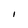
Character: 1